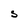
Character: S